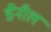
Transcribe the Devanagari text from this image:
डैनील